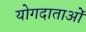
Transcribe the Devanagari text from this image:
योगदाताओं